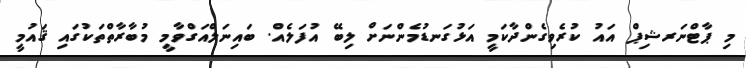
މި ޕާޓްނަރޝިޕް އައު ކުރެވިގެންދާކަމީ އަޅުގަނޑުމެންނަށް ލިބޭ އުފަލެއް. ބައިނަލްއަގްވާމީ މުބާރާތްތަކުގައި ޤައުމީ